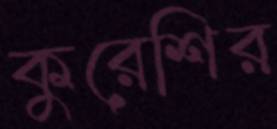
কুরেশির